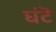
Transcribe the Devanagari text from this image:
घंटॆ